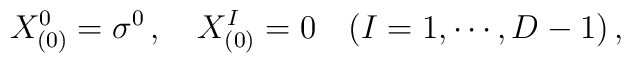
X^0_{(0)} = \sigma^0 \, , \quad  X^I_{(0)} = 0 \quad (I = 1, \cdots, D-1)   \, ,